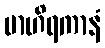
ဗာဟိရကာနံ